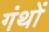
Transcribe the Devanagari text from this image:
गंथों